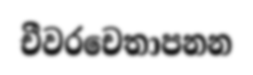
චීවරචෙතාපනන